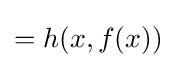
{\textstyle =h(x,f(x))}